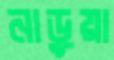
নাড়ুয়া